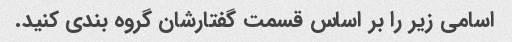
اسامی زیر را بر اساس قسمت گفتارشان گروه بندی کنید.